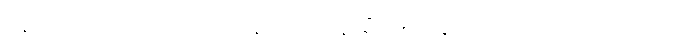
နောက် တစ်ပတ် ဗုဒ္ဓဟူး မနက် ၁၀ နာရီ ၁၅ မိနစ်မှာ လေယာဉ် ရှိပါတယ်။